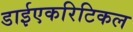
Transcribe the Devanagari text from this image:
डाईएकरिटिकल